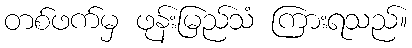
တစ်ဖက်မှ ဖုန်းမြည်သံ ကြားရသည်။